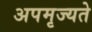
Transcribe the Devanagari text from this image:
अपमृज्यते